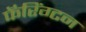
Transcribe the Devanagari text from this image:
फॅरिंग्टन